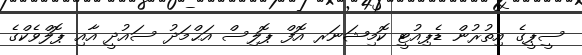
ސީޕީގެ އިތުރުން ޑެޕިއުޓީ ކޮމިޝަނަރ އޮފް ޕޮލިސް އަޙްމަދު ސައުދީ އާއި ޕޮލްވެކްގެ